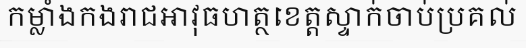
កម្លាំងកងរាជអាវុធហត្ថខេត្តស្ទាក់ចាប់ប្រគល់